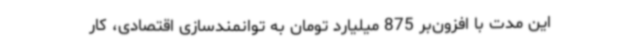
این مدت با افزون‌بر 875 میلیارد تومان به توانمندسازی اقتصادی، کار